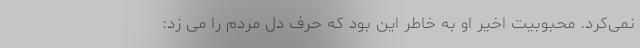
نمی‌کرد. محبوبیت اخیر او به خاطر این بود که حرف دل مردم را می زد: